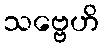
သဗ္ဗေဟိ